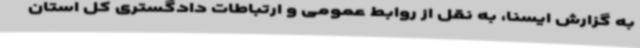
به گزارش ایسنا، به نقل از روابط عمومی و ارتباطات دادگستری کل استان